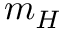
m _ { H }